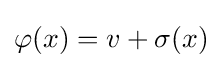
\varphi (x)=v+\sigma (x)